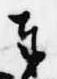
奉